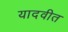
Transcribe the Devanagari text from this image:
यादवीत